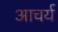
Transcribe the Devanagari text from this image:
आचर्य